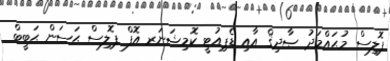
ޕޮލިސް މުޙައްމަދު ޞާދިޤް އާއި ޑެޕިއުޓީ ކޮމިޝަނަރ އޮފް ޕޮލިސް ޙަސަން ޙަބީބް